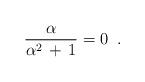
LaTeX: \begin{align*}\frac{\alpha}{\alpha^2\,+\,1}=0\;\;. \end{align*}